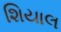
શિયાલ